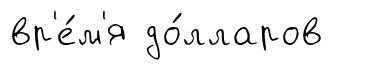
вр'е́м'я до́лларов